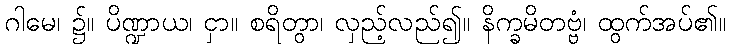
ဂါမေ၊ ၌။ ပိဏ္ဍာယ၊ ငှာ။ စရိတွာ၊ လှည့်လည်၍။ နိက္ခမိတဗ္ဗံ၊ ထွက်အပ်၏။